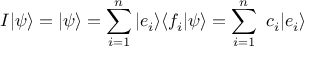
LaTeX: I | \psi \rangle = | \psi \rangle = \sum _ { i = 1 } ^ { n } | e _ { i } \rangle \langle f _ { i } | \psi \rangle = \sum _ { i = 1 } ^ { n } \ c _ { i } | e _ { i } \rangle